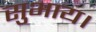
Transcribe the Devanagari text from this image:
सुभाय।